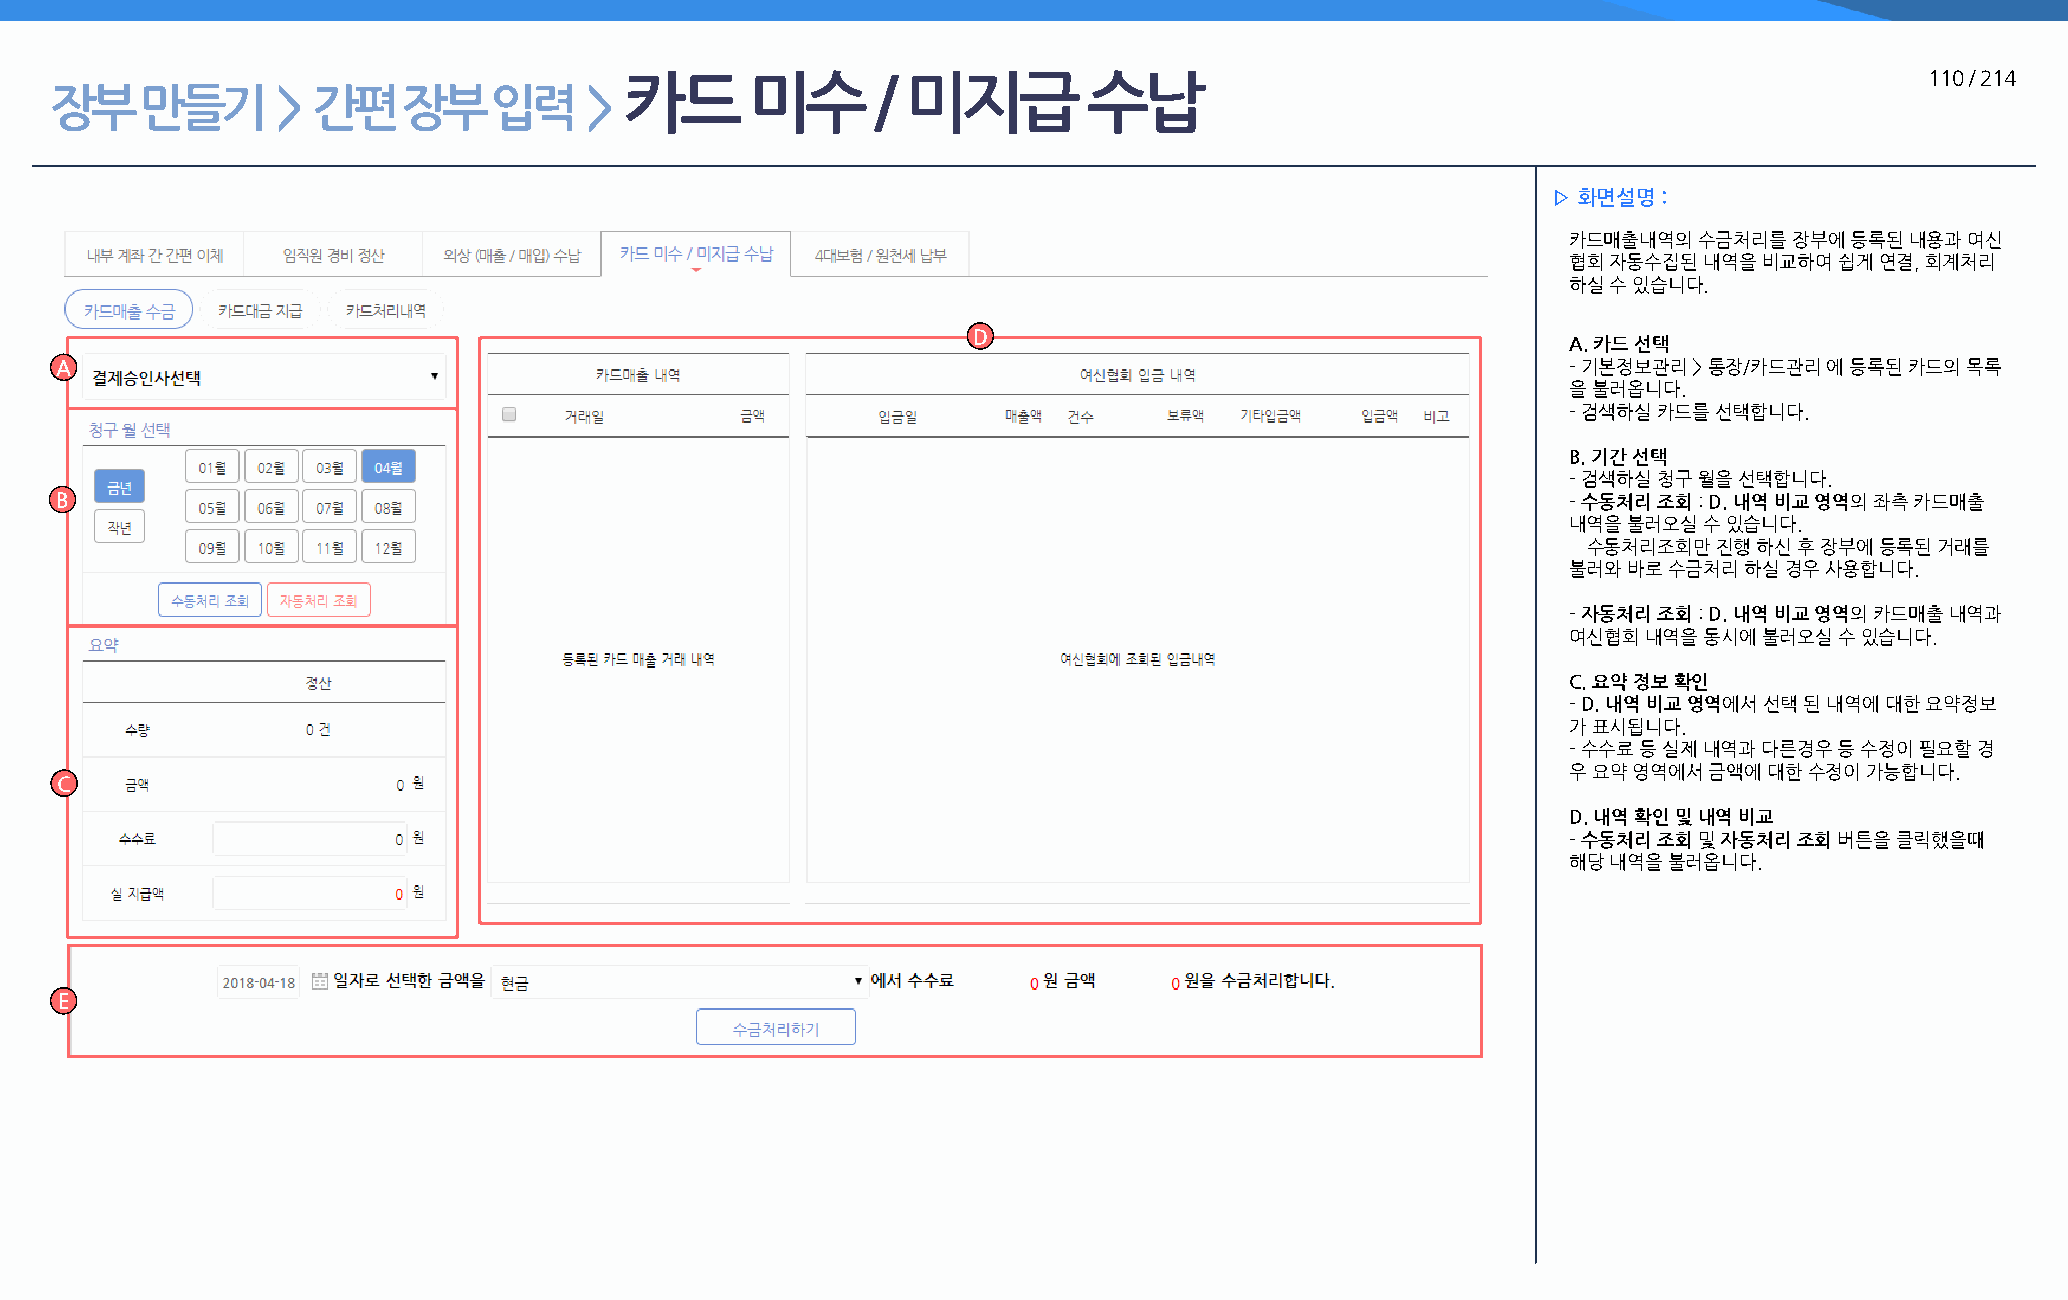
카드       미수      / 미지급         수납                                                      110 / 214
 장부    만들기      >  간편    장부   입력     >
 ▷ 화면설명 :
 카드매출내역의 수금처리를  장부에 등록된 내용과 여신
 협회 자동수집된 내역을 비교하여 쉽게 연결, 회계처리
 하실 수 있습니다.
 D
 A. 카드 선택
 A                                                                                                   - 기본정보관리 > 통장/카드관리 에 등록된 카드의 목록
 을 불러옵니다.
 - 검색하실 카드를 선택합니다.
 B. 기간 선택
 - 검색하실 청구 월을 선택합니다.
 B                                                                                                   - 수동처리 조회 : D. 내역 비교 영역의 좌측 카드매출
 내역을 불러오실 수 있습니다.
 수동처리조회만  진행 하신 후 장부에 등록된 거래를
 불러와 바로 수금처리 하실 경우 사용합니다.
 - 자동처리 조회 : D. 내역 비교 영역의 카드매출 내역과
 여신협회 내역을 동시에 불러오실 수 있습니다.
 C. 요약 정보 확인
 - D. 내역 비교 영역에서 선택 된 내역에 대한 요약정보
 가 표시됩니다.
 - 수수료 등 실제 내역과 다른경우 등 수정이 필요할 경
 우 요약 영역에서 금액에 대한 수정이 가능합니다.
 C
 D. 내역 확인 및 내역 비교
 - 수동처리 조회 및 자동처리 조회 버튼을 클릭했을때
 해당 내역을 불러옵니다.
 E